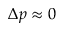
\Delta p \approx 0